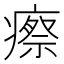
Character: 瘵